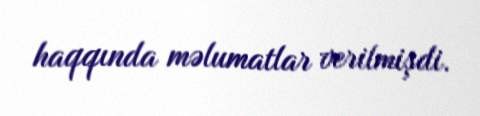
haqqında məlumatlar verilmişdi.